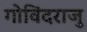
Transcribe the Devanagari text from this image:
गोविंदराजु